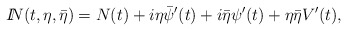
\begin{align*}{I\!\!N}(t, \eta, \bar\eta) = N(t) + i\eta\bar\psi^\prime(t) + i\bar\eta \psi^\prime(t) + \eta \bar\eta V^\prime(t), \end{align*}